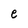
Character: e